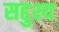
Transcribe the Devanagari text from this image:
सद्दुश्य